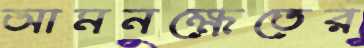
আমনক্ষেতের